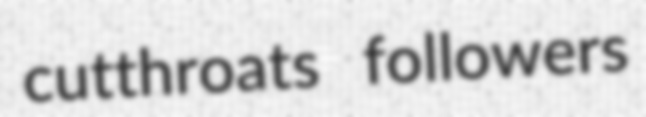
cutthroats followers